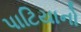
પાટિયાનો